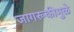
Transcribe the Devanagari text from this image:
जागरूकीमुळे